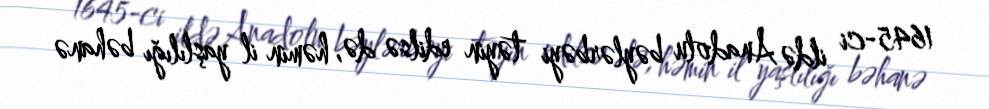
1645-ci ildə Anadolu bəylərbəyi təyin edilsə də, həmin il yaşlılığı bəhanə